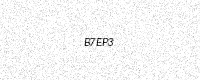
Text: B7EP3